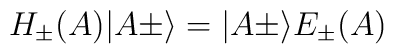
H_\pm (A)\vert A\pm\rangle =\vert A\pm\rangle E_\pm (A)